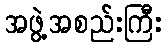
အဖွဲ့အစည်းကြီး